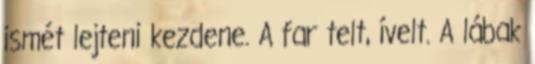
ismét lejteni kezdene. A far telt, ívelt. A lábak